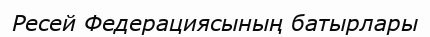
Ресей Федерациясының батырлары